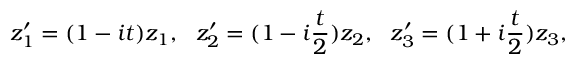
z _ { 1 } ^ { \prime } = ( 1 - i t ) z _ { 1 } , \ \ z _ { 2 } ^ { \prime } = ( 1 - i \frac { t } { 2 } ) z _ { 2 } , \ \ z _ { 3 } ^ { \prime } = ( 1 + i \frac { t } { 2 } ) z _ { 3 } ,